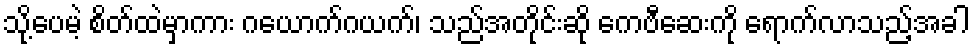
သို့ပေမဲ့ စိတ်ထဲမှာကား ဂယောက်ဂယက်၊ သည်အတိုင်းဆို ကေဗီဆေးကို ရောက်လာသည့်အခါ